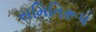
સમિતિરૂપ